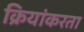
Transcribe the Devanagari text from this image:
क्रियांकरता